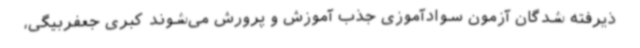
ذیرفته شدگان آزمون سوادآموزی جذب آموزش و پرورش می‌شوند کبری جعفربیگی،